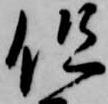
但